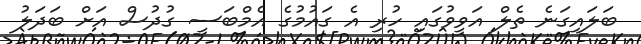
ބަލައިގަނެ ތެލް އަވީވުގައި ހުރި އެ ގައުމުގެ އެމްބަސީ ގުދުސް އަށް ބަދަލު